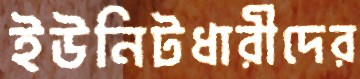
ইউনিটধারীদের